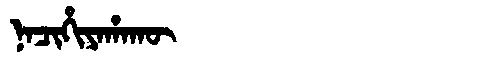
Manchu: ᠨᠠᠴᡳᡥᡳᠶᠠᡥᠠᡴᡡ
Romanization: NACIHIYAHAKŪ